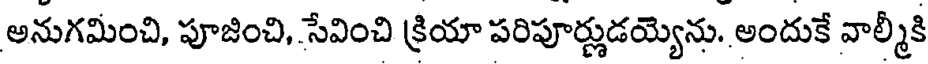
అనుగమించి, పూజించి, సేవించి క్రియా పరిపూర్ణుడయ్యెను. అందుకే వాల్మీకి